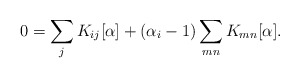
\begin{align*}0 = \sum_j K_{ij} [\alpha] + (\alpha_i-1) \sum_{mn} K_{mn} [\alpha].\end{align*}